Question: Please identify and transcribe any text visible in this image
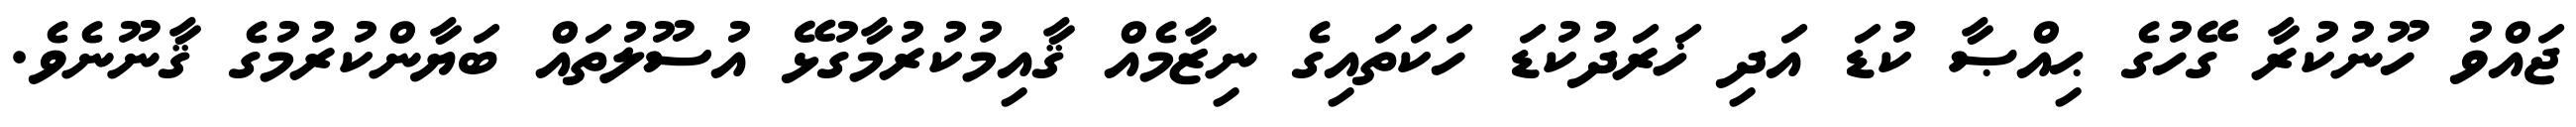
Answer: ޖައްވު ހޫނުކުރާ ގޭހުގެ ޙިއްޞާ ކުޑަ އަދި ޚަރަދުކުޑަ ހަކަތައިގެ ނިޒާމެއް ޤާއިމުކުރުމާގުޅޭ އުސޫލުތައް ބަޔާންކުރުމުގެ ޤާނޫނެވެ.